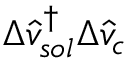
\Delta \hat { v } _ { s o l } ^ { \dagger } \Delta \hat { v } _ { c }